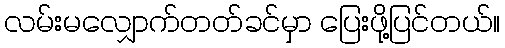
လမ်းမလျှောက်တတ်ခင်မှာ ပြေးဖို့ပြင်တယ်။